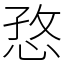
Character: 㤵